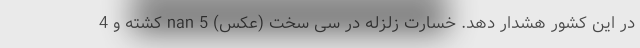
در این کشور هشدار دهد. خسارت زلزله در سی سخت (عکس) nan 5 کشته و 4